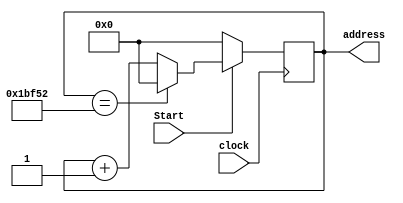
module addressCounter(
	input clock,
	input Start,
	
	output reg [16:0] address
);

always @(posedge clock) begin
	if (~Start) begin
		address <= 17'b0;
	end
	else if(address == 19'd114514) begin
		address <= 17'b0;
	end
	else begin
		address <= address + 1'b1;
	end
end


endmodule